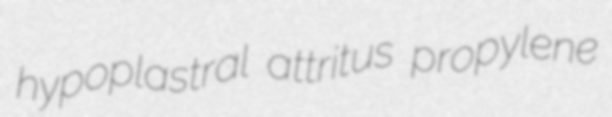
hypoplastral attritus propylene